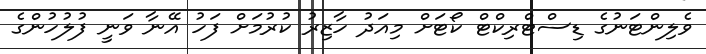
ވެލިންޓަނުގެ ޑިސްޓްރިކްޓް ކޯޓަށް މިއަދު ހާޒިރު ކުރުމަށް ފަހު އޭނާ ވަނީ ފުލުހުންގެ